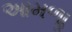
આમળાૢ